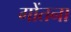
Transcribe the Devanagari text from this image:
गोंतना